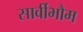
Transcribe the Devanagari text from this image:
सार्वीभौम